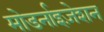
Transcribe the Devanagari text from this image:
मोडर्नाइज़ेशन